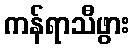
ကန်ရာသီဖွား